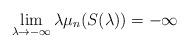
LaTeX: \begin{align*} \lim_{\lambda \to -\infty} \lambda \mu_n( S(\lambda) ) = - \infty \end{align*}